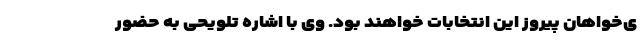
ی‌خواهان پیروز این انتخابات خواهند بود. وی با اشاره تلویحی به حضور